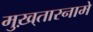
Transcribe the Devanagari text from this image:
मुख़्तारनामे